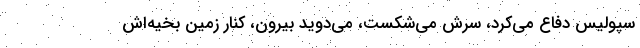
سپولیس دفاع می‌کرد، سرش می‌شکست، می‌دوید بیرون، کنار زمین بخیه‌اش